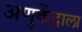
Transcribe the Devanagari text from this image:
अणुकेंद्राला